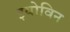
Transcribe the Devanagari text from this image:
इयोविन